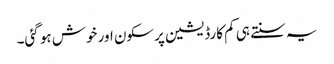
یہ سنتے ہی کم کارڈیشین پرسکون اور خوش ہو گئی۔